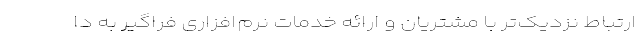
ارتباط نزدیک‌‌تر با مشتریان و ارائه خدمات نرم‌افزاری فراگیر به دا